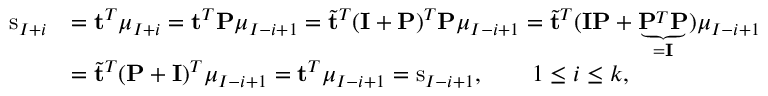
\begin{array} { r l } { \mathrm { s } _ { I + i } } & { = \mathbf { t } ^ { T } \boldsymbol { \mu } _ { I + i } = \mathbf { t } ^ { T } \mathbf { P } \boldsymbol { \mu } _ { I - i + 1 } = \tilde { \mathbf { t } } ^ { T } ( \mathbf { I } + \mathbf { P } ) ^ { T } \mathbf { P } \boldsymbol { \mu } _ { I - i + 1 } = \tilde { \mathbf { t } } ^ { T } ( \mathbf { I } \mathbf { P } + \underbrace { \mathbf { P } ^ { T } \mathbf { P } } _ { = \mathbf { I } } ) \boldsymbol { \mu } _ { I - i + 1 } } \\ & { = \tilde { \mathbf { t } } ^ { T } ( \mathbf { P } + \mathbf { I } ) ^ { T } \boldsymbol { \mu } _ { I - i + 1 } = \mathbf { t } ^ { T } \boldsymbol { \mu } _ { I - i + 1 } = \mathrm { s } _ { I - i + 1 } , \qquad 1 \leq i \leq k , } \end{array}